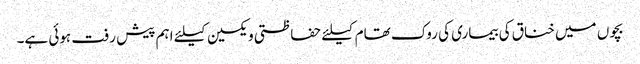
بچوں میں خناق کی بیماری کی روک تھام کیلئے حفاظتی ویکسین کیلئے اہم پیش رفت ہوئی ہے۔